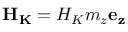
{ \bf { { H } } } _ { \bf { { K } } } = H _ { K } m _ { z } { \bf { { e } } } _ { \bf { { z } } }